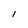
Character: l